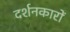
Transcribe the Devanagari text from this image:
दर्शनकारों